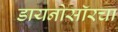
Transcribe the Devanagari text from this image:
डायनोसॉरचा